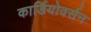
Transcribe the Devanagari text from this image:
कार्डियोवर्सन